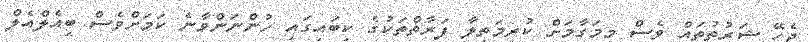
ޖެހޭ ޝަރުތުތައް ވެސް މިމަގާމަށް ކުރިމަތިލާ ފަރާތްތަކުގެ ކިބައިގައި ހުންނަންވާނެ ކަމަށްވެސް ބީއެލްއެލް